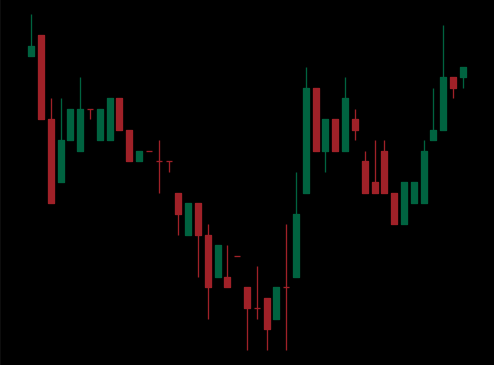
Pattern: inverse_head_shoulders